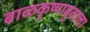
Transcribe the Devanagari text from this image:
बाळकृष्णबुवाला